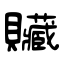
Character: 贜